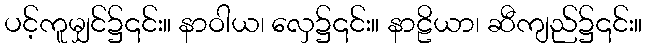
ပင့်ကူမျှင်၌၎င်း။ နာဝါယ၊ လှေ၌၎င်း။ နာဠိယာ၊ ဆီကျည်၌၎င်း။